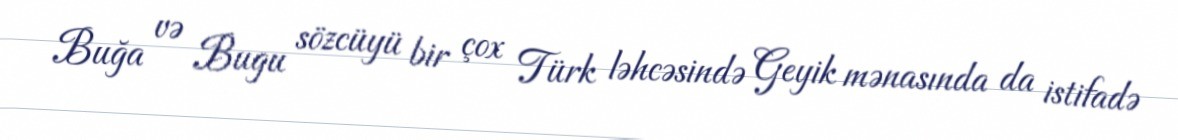
Buğa və Bugu sözcüyü bir çox Türk ləhcəsində Geyik mənasında da istifadə